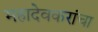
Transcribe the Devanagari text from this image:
महादेवकरांचा